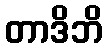
တာဒိဘိ